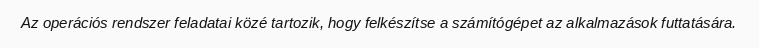
Az operációs rendszer feladatai közé tartozik, hogy felkészítse a számítógépet az alkalmazások futtatására.